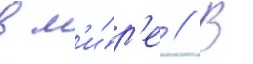
в м'и́р'е // В